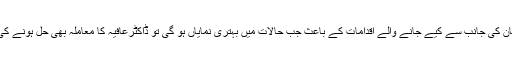
امریکہ اور پاکستان کی جانب سے کیے جانے والے اقدامات کے باعث جب حالات میں بہتری نمایاں ہو گی تو ڈاکٹرعافیہ کا معاملہ بھی حل ہونے کی طرف جائے گا۔